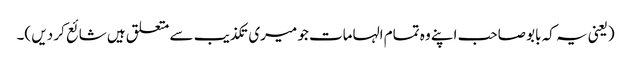
(یعنی یہ کہ بابو صاحب اپنے وہ تمام الہامات جو میری تکذیب سے متعلق ہیں شائع کر دیں )۔